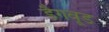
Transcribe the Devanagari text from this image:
डैगवूड